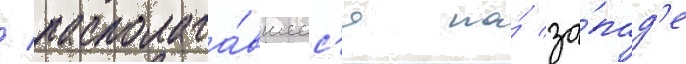
/ располага́вшеес'я на́ за́пад'е